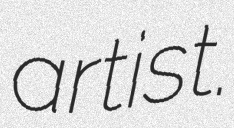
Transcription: artist.